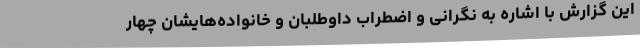
این گزارش با اشاره به نگرانی و اضطراب داوطلبان و خانواده‌هایشان چهار